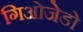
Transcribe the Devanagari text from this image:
गिओजेडो